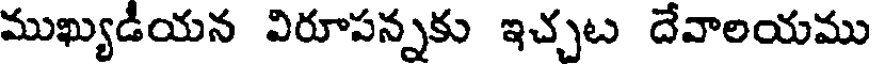
ముఖ్యుడీయన విరూపన్నకు ఇచ్చట దేవాలయము